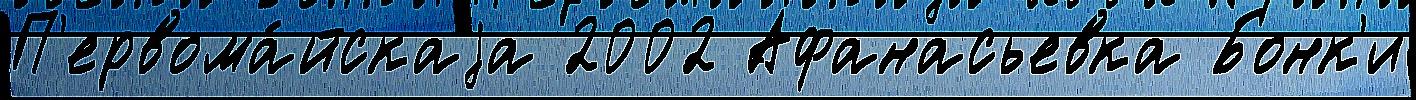
П'ервома́йскаjа 2002 Афанасьевка Бонк'и